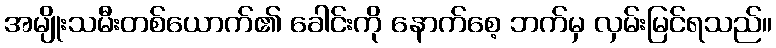
အမျိုးသမီးတစ်ယောက်၏ ခေါင်းကို နောက်စေ့ ဘက်မှ လှမ်းမြင်ရသည်။